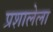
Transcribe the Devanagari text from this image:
प्रशालेला